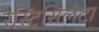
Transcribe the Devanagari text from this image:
रेस्टिसिलेटा